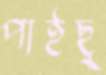
পাইছু